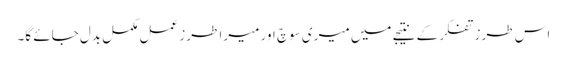
اس طرز تفکر کے نتیجے میں میری سوچ اور میرا طرز عمل مکمل بدل جائے گا۔